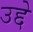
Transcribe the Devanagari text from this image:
उद्दे